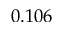
0 . 1 0 6